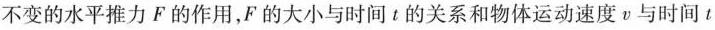
不变的水平推力F的作用，F的大小与时间t的关系和物体运动速度v与时间t